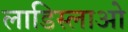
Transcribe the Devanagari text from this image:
लाडिस्लाओ